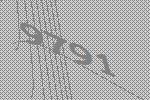
9791